Lunatic asylums Central Provinces reports 1910-1926 - 1910-1926
Year: 1910
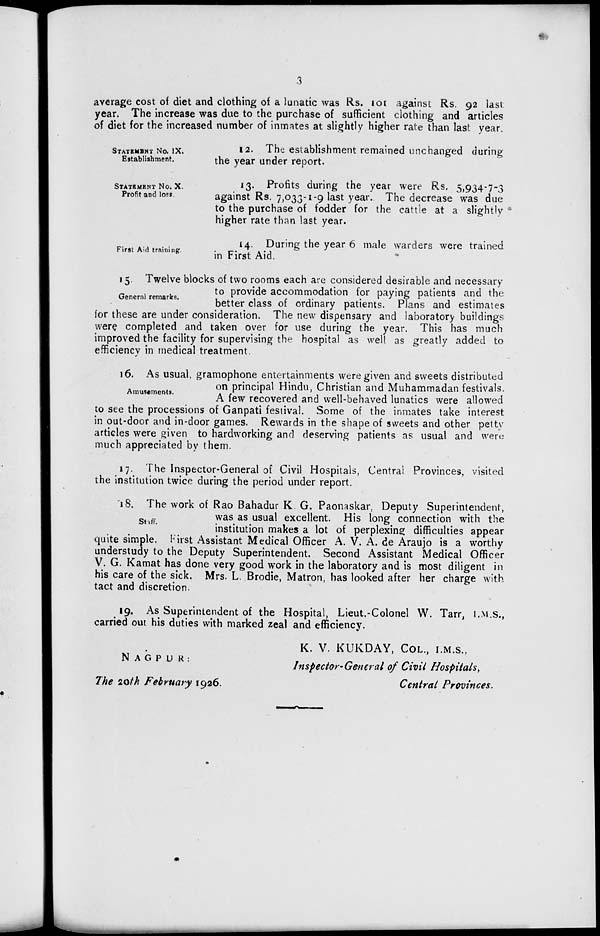
3
average cost of diet and clothing of a lunatic was Rs. 101 against Rs. 92 last
year. The increase was due to the purchase of sufficient clothing and articles
of diet for the increased number of inmates at slightly higher rate than last year.
STATEMENT No. IX.
Establishment.
12. The establishment remained unchanged during
the year under report.
STATEMENT No. X.
Profit and loss.
13. Profits during the year were Rs. 5,934-7-3
against Rs. 7,033-1-9 last year. The decrease was due
to the purchase of fodder for the cattle at a slightly
higher rate than last year.
First Aid training.
14. During the year 6 male warders were trained
in First Aid.
General remarks.
15. Twelve blocks of two rooms each are considered desirable and necessary
to provide accommodation for paying patients and the
better class of ordinary patients. Plans and estimates
for these are under consideration. The new dispensary and laboratory buildings
were completed and taken over for use during the year. This has much
improved the facility for supervising the hospital as well as greatly added to
efficiency in medical treatment.
Amusements.
16. As usual, gramophone entertainments were given and sweets distributed
on principal Hindu, Christian and Muhammadan festivals.
A few recovered and well-behaved lunatics were allowed
to see the processions of Ganpati festival. Some of the inmates take interest
in out-door and in-door games. Rewards in the shape of sweets and other petty
articles were given to hardworking and deserving patients as usual and were
much appreciated by them.
17. The Inspector-General of Civil Hospitals, Central Provinces, visited
the institution twice during the period under report.
Staff.
18. The work of Rao Bahadur K. G. Paonaskar, Deputy Superintendent,
was as usual excellent. His long connection with the
institution makes a lot of perplexing difficulties appear
quite simple. First Assistant Medical Officer A. V. A. de Araujo is a worthy
understudy to the Deputy Superintendent. Second Assistant Medical Officer
V. G. Kamat has done very good work in the laboratory and is most diligent in
his care of the sick. Mrs. L. Brodie, Matron, has looked after her charge with
tact and discretion.
19. As Superintendent of the Hospital, Lieut.-Colonel W. Tarr, I.M.S.,
carried out his duties with marked zeal and efficiency.
K. V. KUKDAY, COL, I.M.S.,
NAGPUR:
The 20th February 1926.
Inspector-General of Civil Hospitals,
Central Provinces.